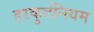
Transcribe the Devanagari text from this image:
हरकुलेनियम